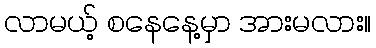
လာမယ့် စနေနေ့မှာ အားမလား။